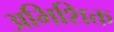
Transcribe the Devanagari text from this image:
अभिशिक्त